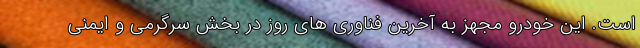
است. این خودرو مجهز به آخرین فناوری های روز در بخش سرگرمی و ایمنی